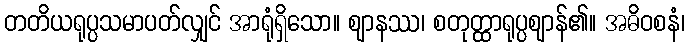
တတိယရုပ္ပသမာပတ်လျှင် အာရုံရှိသော။ ဈာနဿ၊ စတုတ္ထာရုပ္ပဈာန်၏။ အဓိဝစနံ၊